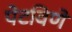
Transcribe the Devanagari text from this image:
पेटविणे